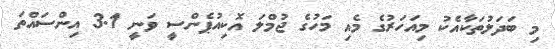
މި ބަދަލުތަކާއެކު މިއަހަރުގެ މެއި މަހުގެ ޖުމްލަ އޮކިއުޕެންސީ ވަނީ 3.1 އިންސައްތަ